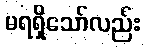
မရရှိသော်လည်း